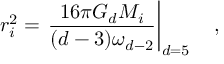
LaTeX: r _ { i } ^ { 2 } = \left. { \frac { 1 6 \pi G _ { d } M _ { i } } { ( d - 3 ) \omega _ { d - 2 } } } \right| _ { d = 5 } \quad ,